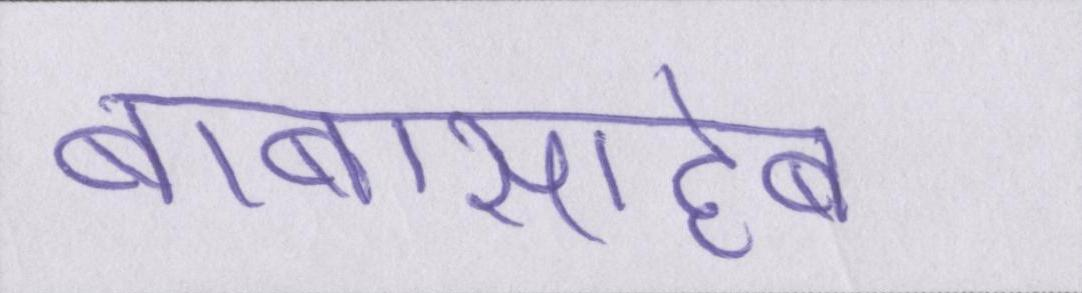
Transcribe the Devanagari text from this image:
बाबासाहेब